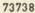
73738